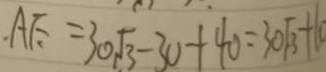
A E = 3 0 \sqrt { 3 } - 3 0 + 4 0 = 3 0 \sqrt { 3 } + 1 0